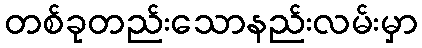
တစ်ခုတည်းသောနည်းလမ်းမှာ